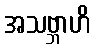
အသဗ္ဘာဟိ